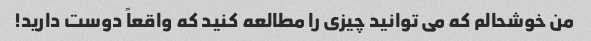
من خوشحالم که می توانید چیزی را مطالعه کنید که واقعاً دوست دارید!